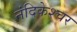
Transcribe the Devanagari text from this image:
नंदिकेश्चर